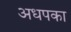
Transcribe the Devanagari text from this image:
अधपका